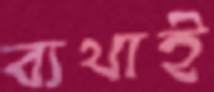
ব্যথাই